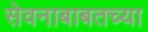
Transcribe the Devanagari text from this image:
सेवनाबाबतच्या